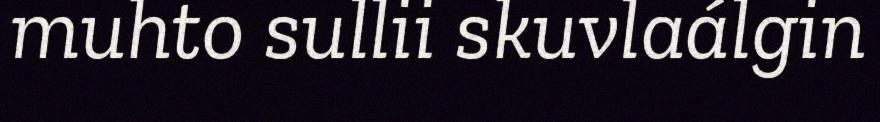
muhto sullii skuvlaálgin